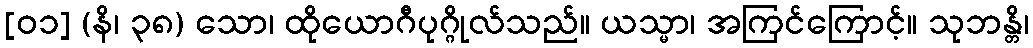
[၀၁] (နိ၊ ၃၈) သော၊ ထိုယောဂီပုဂ္ဂိုလ်သည်။ ယသ္မာ၊ အကြင်ကြောင့်။ သုဘန္တိ၊